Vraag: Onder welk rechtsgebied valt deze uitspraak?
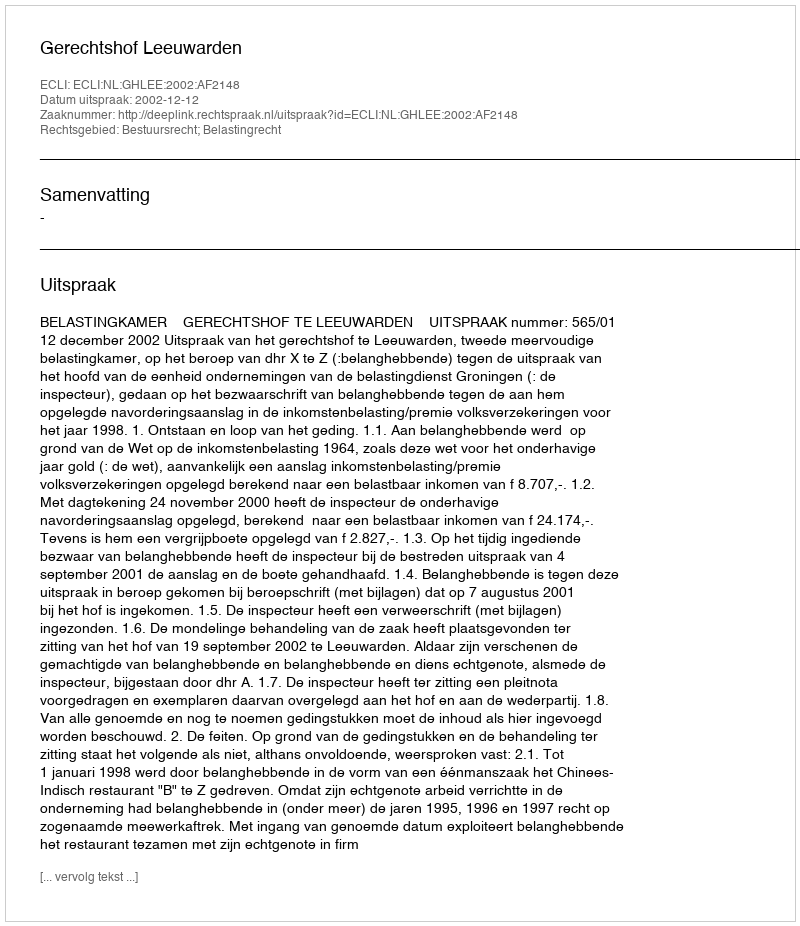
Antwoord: Bestuursrecht; Belastingrecht